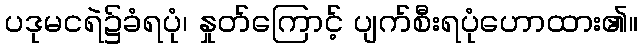
ပဒုမငရဲ၌ခံရပုံ၊ နှုတ်ကြောင့် ပျက်စီးရပုံဟောထား၏။